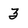
Character: 3